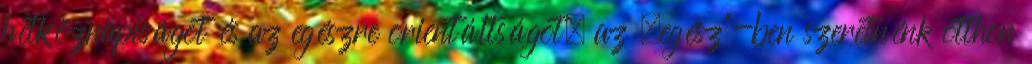
hétköznapiságot és az egészre orientáltságot, az „egész”-ben szeretnénk otthon